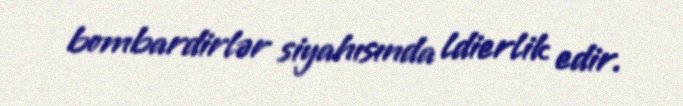
bombardirlər siyahısında ldierlik edir.